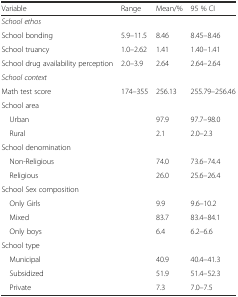
| Variable | Range | Mean/% | 95 % CI |
 | --- | --- | --- | --- |
 | School ethos |  |  |  |
 | School bonding | 5.9–11.5 | 8.46 | 8.45–8.46 |
 | School truancy | 1.0–2.62 | 1.41 | 1.40–1.41 |
 | School drug availability perception | 2.0–3.9 | 2.64 | 2.64–2.64 |
 | School context |  |  |  |
 | Math test score | 174–355 | 256.13 | 255.79–256.46 |
 | School area |  |  |  |
 | Urban |  | 97.9 | 97.7–98.0 |
 | Rural |  | 2.1 | 2.0–2.3 |
 | School denomination |  |  |  |
 | Non-Religious |  | 74.0 | 73.6–74.4 |
 | Religious |  | 26.0 | 25.6–26.4 |
 | School Sex composition |  |  |  |
 | Only Girls |  | 9.9 | 9.6–10.2 |
 | Mixed |  | 83.7 | 83.4–84.1 |
 | Only boys |  | 6.4 | 6.2–6.6 |
 | School type |  |  |  |
 | Municipal |  | 40.9 | 40.4–41.3 |
 | Subsidized |  | 51.9 | 51.4–52.3 |
 | Private |  | 7.3 | 7.0–7.5 |